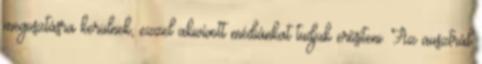
megosztásra kerülnek, ezzel akivívott médiánkat tudjuk erősíteni. Az ausztrál